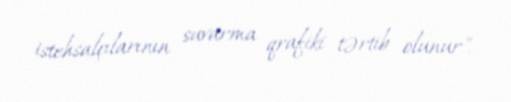
istehsalçılarının suvarma qrafiki tərtib olunur".